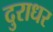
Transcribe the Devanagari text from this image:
दुराधर